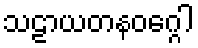
သဠာယတနဝဂ္ဂေါ